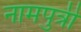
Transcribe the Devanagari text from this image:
नामपुत्री